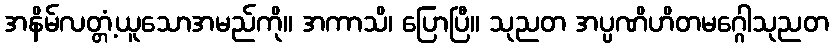
အနိမ်လတ္တံ့ယူသောအမည်ကို။ အကာသိ၊ ပြောပြီ။ သုညတ အပ္ပဏိဟိတမဂ္ဂေါသုညတ